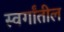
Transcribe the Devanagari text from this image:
स्वर्गांतील